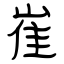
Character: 崔